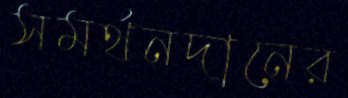
সমর্থনদানের